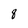
Character: 8